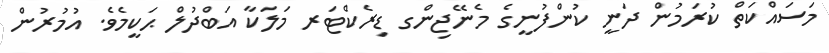
މަސައްކަތް ކުރަމުން ދަނީ ކުންފުނީގެ މެނޭޖިންގ ޑިރެކްޓަރ މަލަކާ އަބްދުލް ޙަކީމެވެ. އުމުރުން